Civil Veterinary Department Bihar & Orissa reports 1911-21 - 1911-1921
Year: 1911
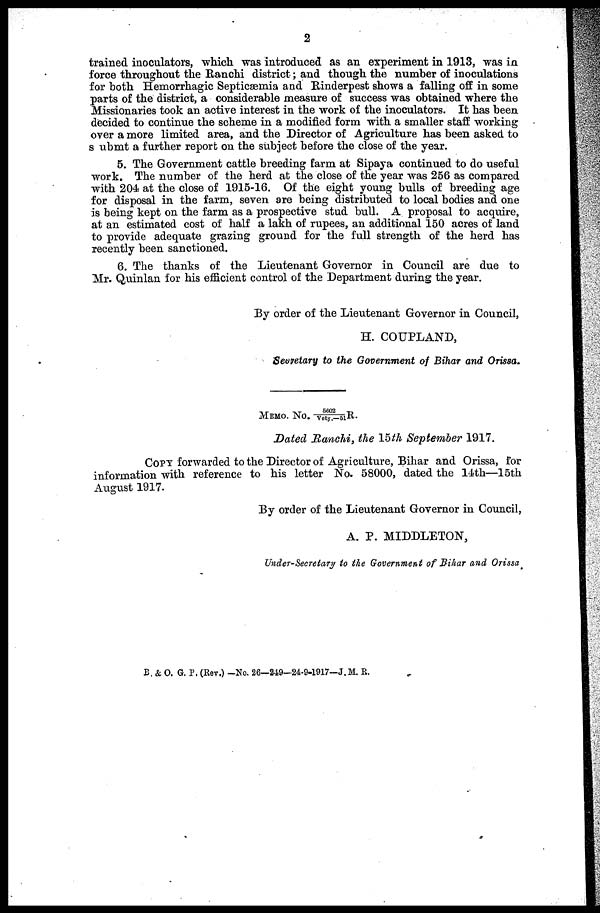
2
brained inoculators, which was introduced as an experiment in 1913, was in
force throughout the Ranchi district; and though the number of inoculations
for both Hemorrhagic Septicæmia and Rinderpest shows a falling off in some
parts of the district, a considerable measure of success was obtained where the
Missionaries took an active interest in the work of the inoculators. It has been
decided to continue the scheme in a modified form with a smaller staff working
over a more limited area, and the Director of Agriculture has been asked to
3 ubmt a further report on the subject before the close of the year.
5. The Government cattle breeding farm at Sipaya continued to do useful
work. The number of the herd at the close of the year was 256 as compared
with 204 at the close of 1915-16. Of the eight young bulls of breeding age
for disposal in the farm, seven are being distributed to local bodies and one
is being kept on the farm as a prospective stud bull. A proposal to acquire,
at an estimated cost of half a lakh of rupees, an additional 150 acres of land
to provide adequate grazing ground for the full strength of the herd has
recently been sanctioned.
6. The thanks of the Lieutenant Governor in Council are due to
Mr. Quinlan for his efficient control of the Department during the year.
By order of the Lieutenant Governor in Council,
H. COUPLAND,
Secretary to the Government of Bihar and Orissa.
MEMO. NO. 5602/Vety.—51R.
Dated Ranchi, the 15th September 1917.
COPY forwarded to the Director of Agriculture, Bihar and Orissa, for
information with reference to his letter No. 58000, dated the 14th—15th
August 1917.
By order of the Lieutenant Governor in Council,
A. P. MIDDLETON,
Under-Secretary to the Government of Bihar and Orissa
B, & O. G. P. (Rev.) —No. 26—249-24-9-1917—J.M. E.